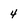
Character: 4